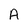
Character: A